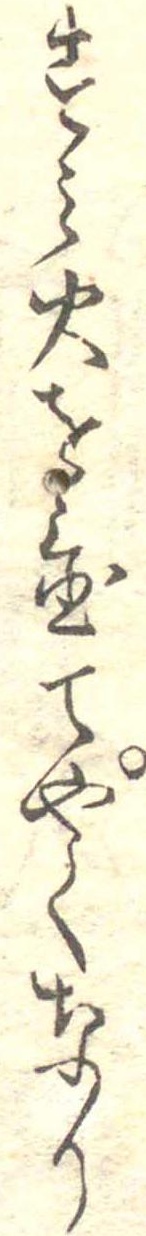
すみ火を置てやくなり